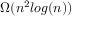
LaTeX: \Omega ( n ^ { 2 } l o g ( n ) )